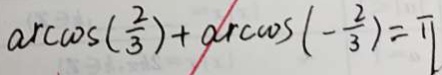
\arccos ( \frac { 2 } { 3 } ) + \arccos ( - \frac { 2 } { 3 } ) = \pi